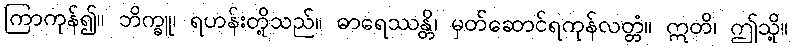
ကြာကုန်၍။ ဘိက္ခူ၊ ရဟန်းတို့သည်။ ဓာရေဿန္တိ၊ မှတ်ဆောင်ရကုန်လတ္တံ။ ဣတိ၊ ဤသို့။